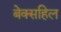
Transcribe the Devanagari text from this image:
बेक्सहिल